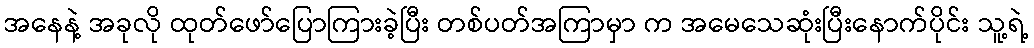
အနေနဲ့ အခုလို ထုတ်ဖော်ပြောကြားခဲ့ပြီး တစ်ပတ်အကြာမှာ က အမေသေဆုံးပြီးနောက်ပိုင်း သူ့ရဲ့